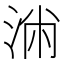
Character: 𰛷